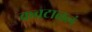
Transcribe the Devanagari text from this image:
कवटाळलं